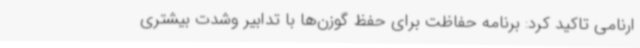
ارنامی تاکید کرد: برنامه حفاظت برای حفظ گوزن‌ها با تدابیر وشدت بیشتری